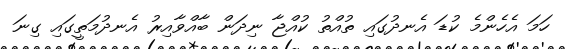
ހަމަ އެހެންމެ ކުޑަ އެނދުގައި ތުއްތު ކުއްޖާ ނިދަން ބާއްވާއިރު އެނދުމަތީގައި ގިނަ